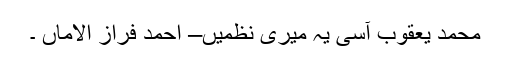
محمد یعقوب آسیؔ یہ میری نظمیں– احمد فراز الاماں ۔